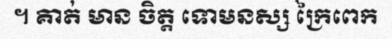
។ គាត់ មាន ចិត្ត ទោមនស្ស ក្រៃពេក